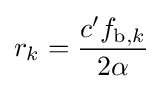
r_{k}={\frac {c'f_{\mathrm {b} ,k}}{2\alpha }}